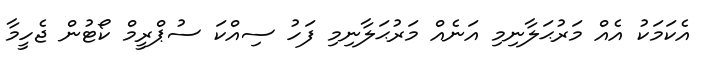
އެކަމަކު އެއް މަރުޙަލާނިމި އަނެއް މަރުޙަލާނިމި ފަހު ސިއްކަ ސުޕްރީމް ކޯޓުން ޖެހީމާ